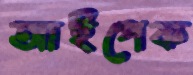
আইপেক